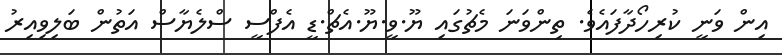
އިން ވަނީ ކުރިހޯދާފައެވެ. ތިންވަނަ މެޗުގައި ޔޫ.ވީ.ޔޫ.އެޗް.ޑީ އެފްސީ ސްލެޔާސް އަތުން ބަލިވިއިރު